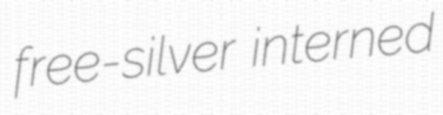
free-silver interned